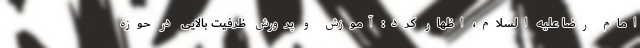
امام رضا علیه السلام، اظهار کرد: آموزش و پرورش ظرفیت بالایی در حوزه